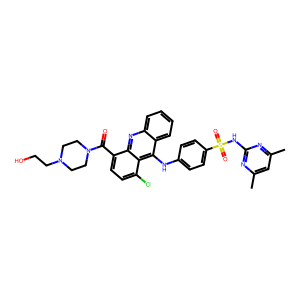
SMILES: Cc1cc(C)nc(NS(=O)(=O)c2ccc(Nc3c4ccccc4nc4c(C(=O)N5CCN(CCO)CC5)ccc(Cl)c34)cc2)n1
Inhibits HIV replication: No